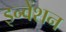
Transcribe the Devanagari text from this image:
इन्वेंशन